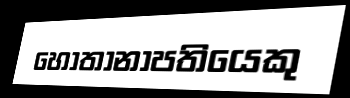
හෝතානාපතියෙකු